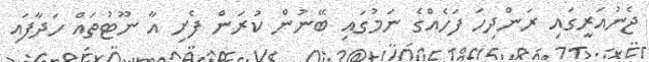
ޖެނުއަރީގައި ރަންދިހަ ފަހެއްގެ ނަމުގައި ބޭނުން ކުރަން ފެށި އާ ނޫޓުތައް ހަދާފައި